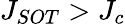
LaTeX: J_{{SOT}}>J_{c}